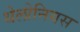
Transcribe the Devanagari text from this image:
थेलोनियस